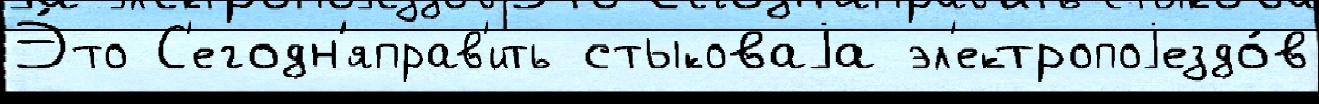
Э́то С'егодн'яправ'ить стыковаjа эл'ектропоjездо́в